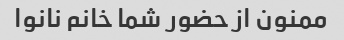
ممنون از حضور شما خانم نانوا